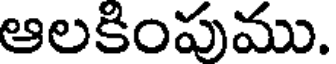
ఆలకింపుము.